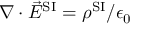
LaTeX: \nabla \cdot { \vec { E } } ^ { \mathrm { S I } } = \rho ^ { \mathrm { S I } } / \epsilon _ { 0 }